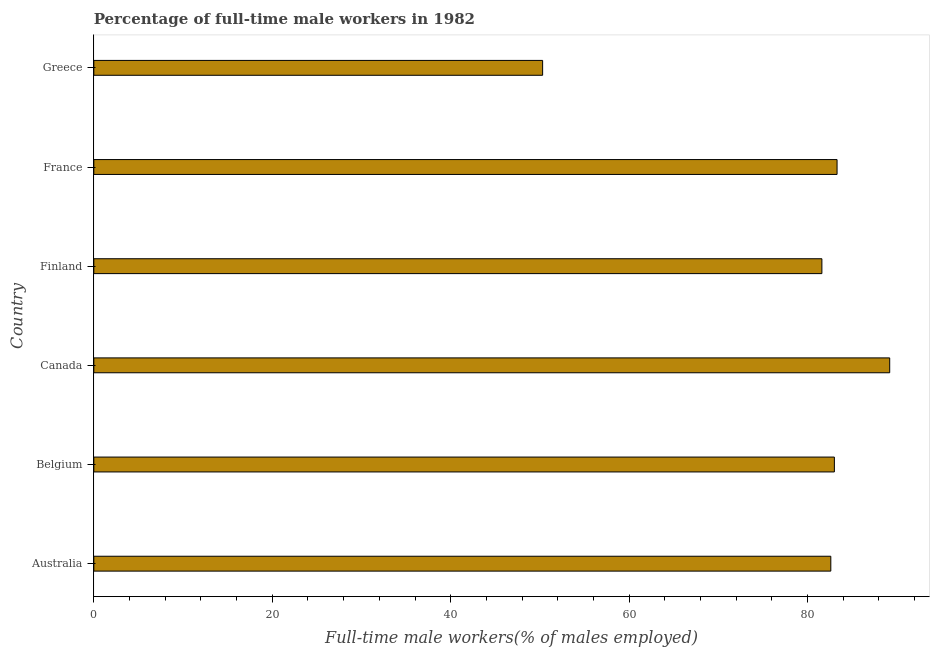
| Country | Wage and salary workers |
 | --- | --- |
 | Australia | 82.6 |
 | Belgium | 83 |
 | Canada | 89.2 |
 | Finland | 81.6 |
 | France | 83.3 |
 | Greece | 50.3 |